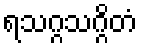
ရသဂ္ဂသဂ္ဂိတံ